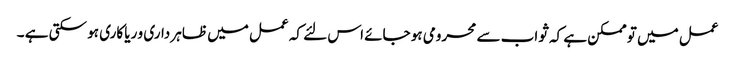
عمل میں تو ممکن ہے کہ ثواب سے محرومی ہو جائے اس لئے کہ عمل میں ظاہر داری و ریا کاری ہو سکتی ہے ۔